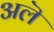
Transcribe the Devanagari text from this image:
अलॆ